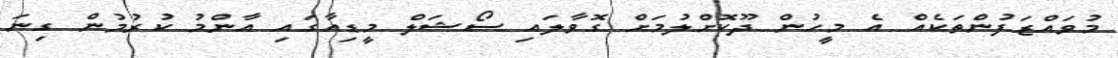
މުވައްޒަފުންތަކެއް އެ މީހުން ދޫކޮށްލުމަށް ގޮވާލައި ސޯޝަލް މީޑިއާގައި އާންމު ކުރުމުން ގިނަ